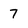
Character: 7